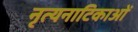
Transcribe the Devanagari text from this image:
नृत्यनाटिकाओं